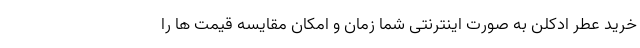
خرید عطر ادکلن به صورت اینترنتی شما زمان و امکان مقایسه قیمت ها را